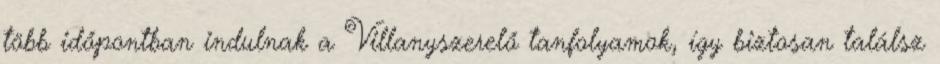
több időpontban indulnak a Villanyszerelő tanfolyamok, így biztosan találsz